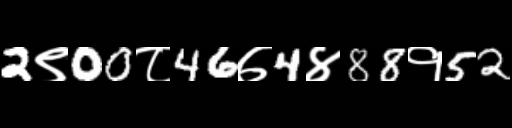
Text: 2९00८46७4४88१52